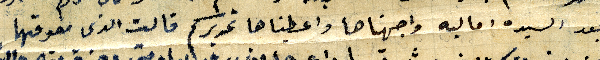
بعد السيده اماليه واجهناها واعطيناها تحريركم قالت الذى معوقها